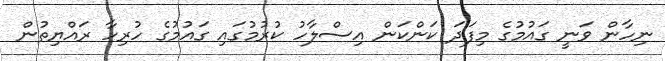
ނިހާން ވަނީ ގައުމުގެ މިފަދަ ކަންކަން އިސްލާހު ކުރުމުގައި ގައުމުގެ ހުރިހާ ރައްޔިތުން